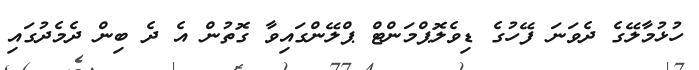
ހުޅުމާލޭގެ ދެވަނަ ފޭހުގެ ޑިވެލޮޕްމަންޓް ޕްލޭންގައިވާ ގޮތުން އެ ދެ ބިން ދެމެދުގައި